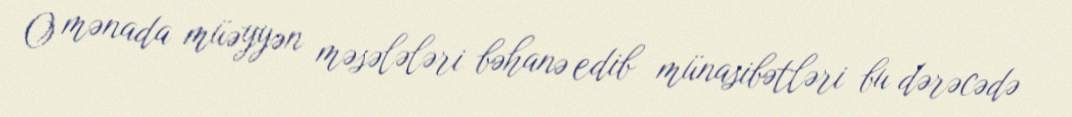
O mənada müəyyən məsələləri bəhanə edib münasibətləri bu dərəcədə